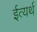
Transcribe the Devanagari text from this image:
ईत्यर्थ